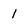
Character: 1